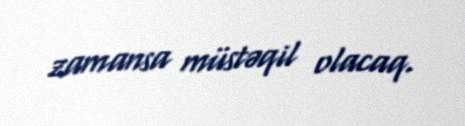
zamansa müstəqil olacaq.